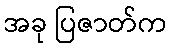
အခု ပြဇာတ်က